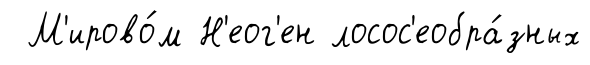
М'ирово́м Н'еог'ен лосос'еобра́зных